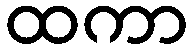
ထကာ